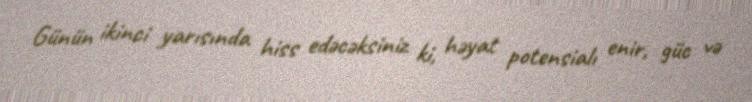
Günün ikinci yarısında hiss edəcəksiniz ki, həyat potensialı enir, güc və